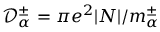
\mathcal { D } _ { \alpha } ^ { \pm } = \pi e ^ { 2 } \mathopen { } \left| N \right| \mathclose { } / m _ { \alpha } ^ { \pm }